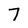
Character: 7